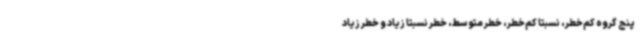
پنج گروه کم‌خطر، نسبتاً کم‌خطر، خطر متوسط، خطر نسبتاً زیاد و خطر زیاد